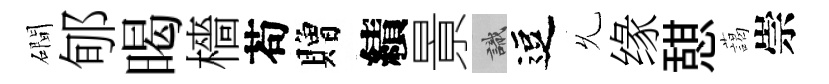
磵郇暍檣苟贈績㬌識逗𠃔缘憇藹崇